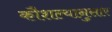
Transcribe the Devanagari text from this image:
कौशल्यानुसार